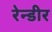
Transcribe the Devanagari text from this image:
रेन्डीर